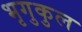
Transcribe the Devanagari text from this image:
भृगुकुल